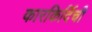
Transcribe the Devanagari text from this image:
कारकिर्दिची